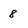
Character: 8